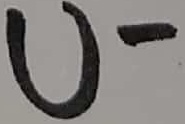
Text: U-